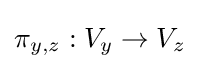
\pi _{y,z}:V_{y}\to V_{z}